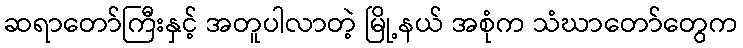
ဆရာတော်ကြီးနှင့် အတူပါလာတဲ့ မြို့နယ် အစုံက သံဃာတော်တွေက